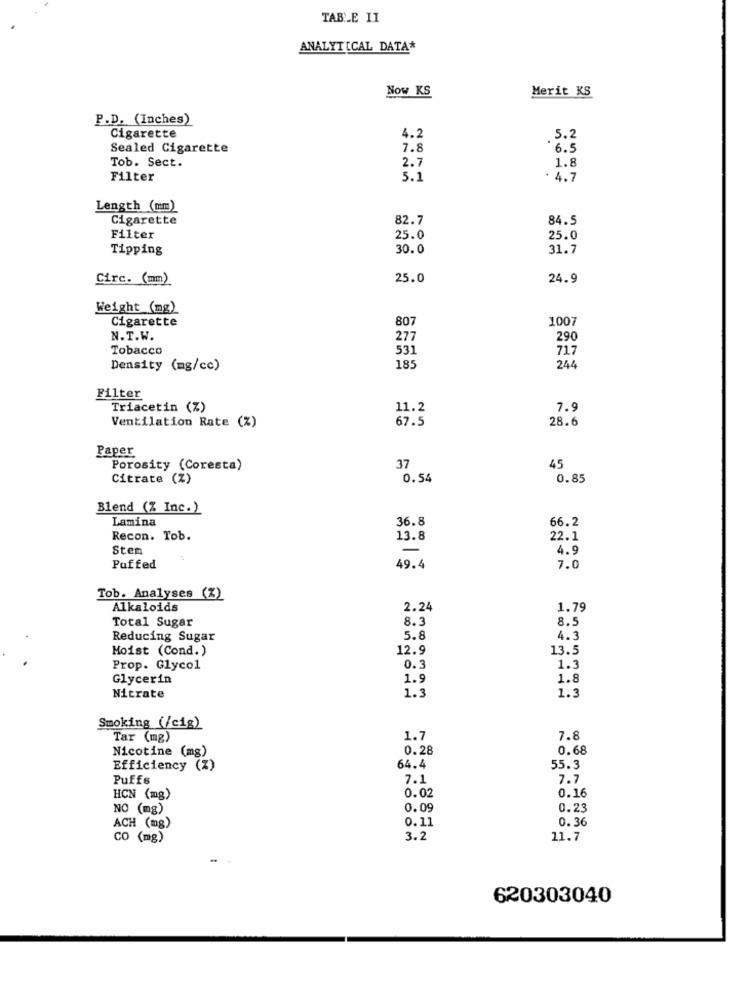
TABLE II
ANALYTICAL DATA*
Now KS
Merit KS
P.D. (Inches)
Cigarette
4.2
5.2
Sealed Cigarette
7.8
*6.5
Tob. Sect.
2.7
1.8
Filter
5.1
. 4.7
Length (mm)
Cigarette
82.7
84.5
Filter
25.0
25.0
Tipping
30.0
31.7
Circ. (mm)
25.0
24.9
Weight (mg)
Cigarette
807
1007
N.T.W.
277
290
Tobacco
531
717
Density (mg/cc)
185
244
Filter
Triacetin (%)
11.2
7.9
Ventilation Rate (%)
67.5
28.6
Paper
Porosity (Coresta)
37
45
Citrate (Z)
0.54
0.85
Blend (% Inc.)
Lamina
36.8
66.2
Recon. Tob.
13.8
22.1
Sten
-
4.9
Puffed
49.4
7.0
Tob. Analyses (%)
Alkaloids
2.24
1.79
Total Sugar
8.3
8.5
Reducing Sugar
5.8
4.3
Moist (Cond.)
12.9
13.5
Prop. Glycol
0.3
1.3
Glycerin
1.9
1.8
1.3
Nitrate
1.3
Smoking (/cig)
Tar (mg)
1.7
7.8
Nicotine (mg)
0.28
0.68
Efficiency (%)
64.4
55.3
Puffs
7.1
7.7
0.02
0.16
HCN (mg)
NO (mg)
0.09
0.23
0.11
0.36
ACH (mg)
CO (mg)
3.2
11.7
620303040